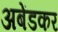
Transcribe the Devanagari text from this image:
अबेंडकर